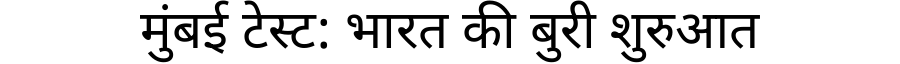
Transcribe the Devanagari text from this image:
मुंबई टेस्ट: भारत की बुरी शुरुआत